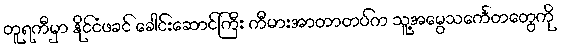
တူရကီမှာ နိုင်ငံဖခင် ခေါင်းဆောင်ကြီး ကီမားအာတာတပ်က သူ့အမွေသင်္ကေတတွေကို